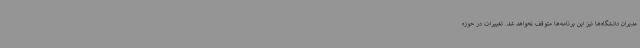
مدیران دانشگاه‌ها نیز این برنامه‌ها متوقف نخواهد شد. تغییرات در حوزه